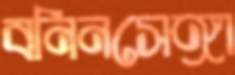
বনিনসেঙ্গা